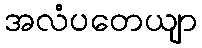
အလံပတေယျာ